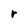
Character: r